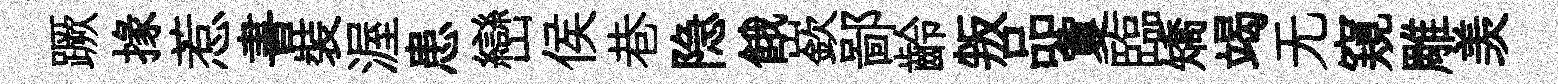
蹶掾惹書裝渥患巒侯巷隐餓嶔鄙齡叛品夐臨矯竭无窺雕羡